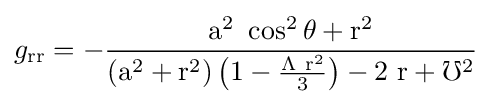
g_{\rm {rr}}={\rm {-{\frac {a^{2}\ \cos ^{2}\theta +r^{2}}{\left(a^{2}+r^{2}\right)\left(1-{\frac {\Lambda \ r^{2}}{3}}\right)-2\ r+\mho ^{2}}}}}